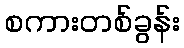
စကားတစ်ခွန်း